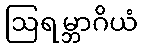
ဩရမ္ဘာဂိယံ